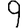
Digit: 9